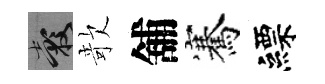
穀欹舖騫縹